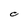
Character: C